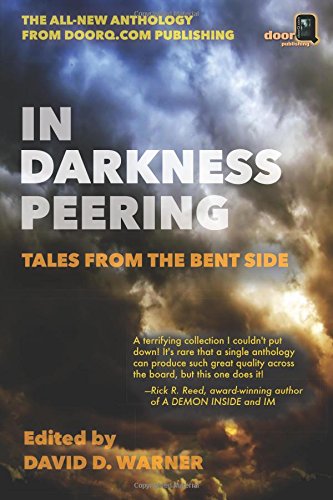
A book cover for In Darkness Peering: Tales from the Bent Side; David D. Warner; Literature & Fiction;